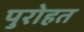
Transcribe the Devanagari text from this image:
पुरोहत